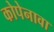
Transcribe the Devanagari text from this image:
कोपेनावा